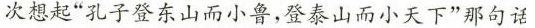
次想起“孔子登东山而小鲁,登泰山而小天下"那句话